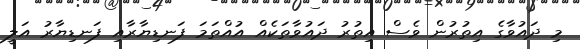
މި ދައުވާގެ އިތުރުން ވެސް އިތުރު ދައުވާތަކެއް އުއްތަމަ ފަނޑިޔާރާއި ފަނޑިޔާރު އަލީ